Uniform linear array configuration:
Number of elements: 12
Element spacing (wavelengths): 1
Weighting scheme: hann
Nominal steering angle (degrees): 30
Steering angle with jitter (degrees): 30.519
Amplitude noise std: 0.05
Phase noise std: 0.05

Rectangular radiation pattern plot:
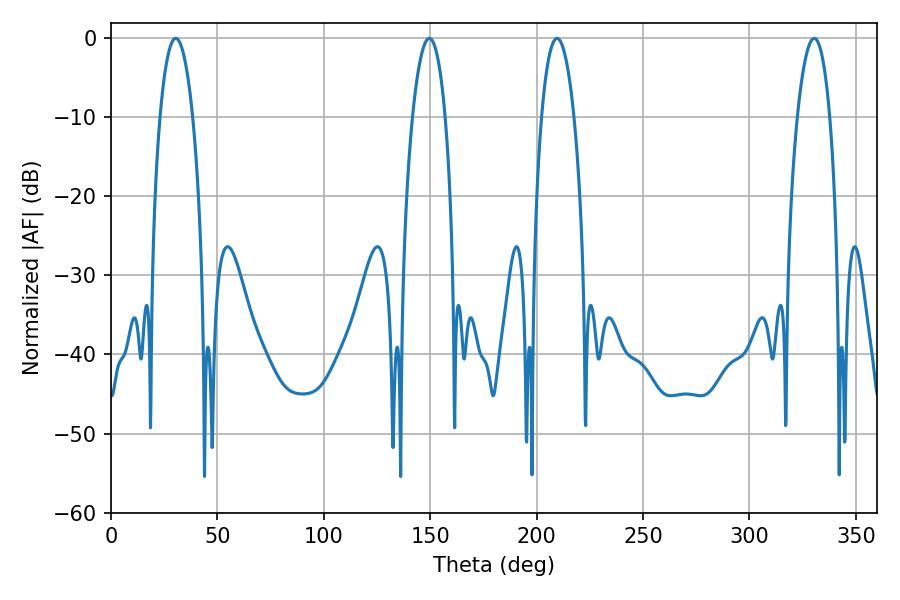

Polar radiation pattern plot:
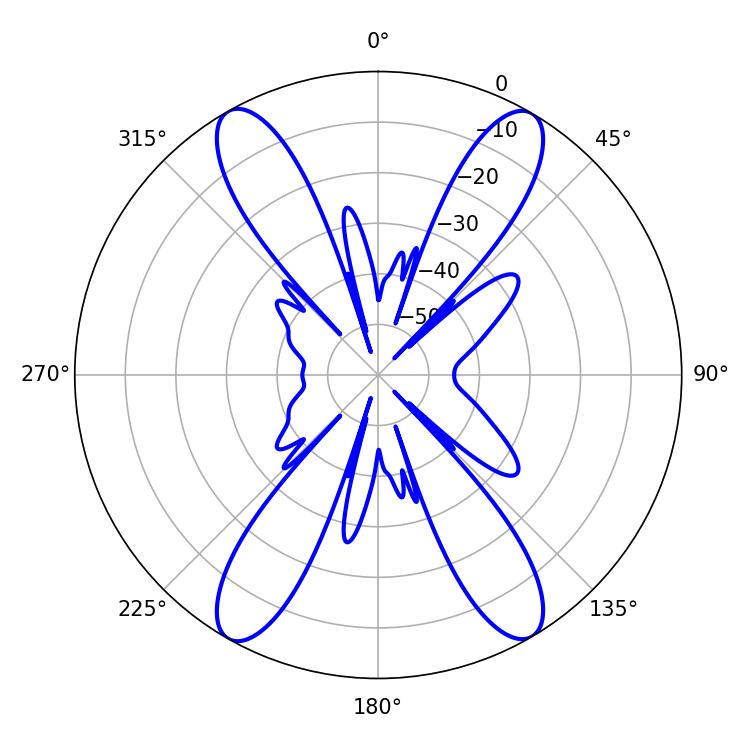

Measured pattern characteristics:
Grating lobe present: TRUE
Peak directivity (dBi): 25.514
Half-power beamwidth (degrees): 8.46
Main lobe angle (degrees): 30.42